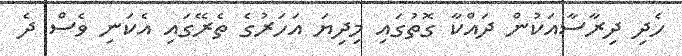
ހެދި ދިރާސާއަކުން ދައްކާ ގޮތުގައި މިދިޔަ އަހަރުގެ ތެރޭގައި އެކަނި ވެސް ދެ